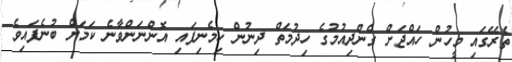
ތެރޭގައި މީހުން ހައްޖަށް ގެންދިއުމުގެ ހިދުމަތް ދިނުން ހިމެނިފައި އޮންނަންވާނެ ކަމަށް ބުނެފައިވެ